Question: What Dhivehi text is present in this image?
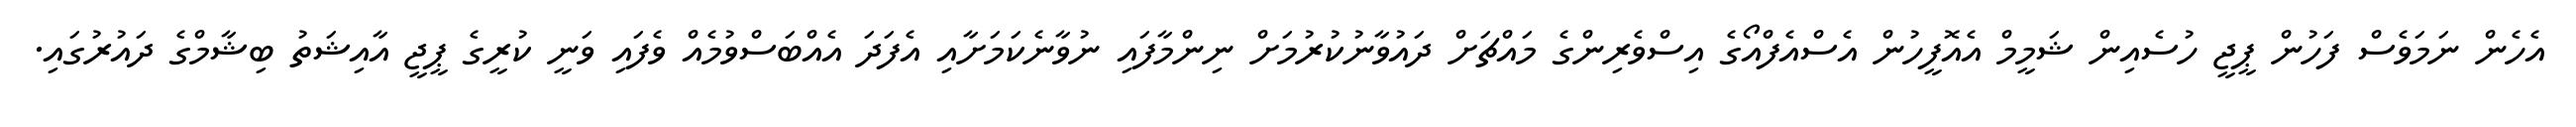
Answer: އެހެން ނަމަވެސް ފަހުން ޕީޖީ ހުސެއިން ޝަމީމް އެއޮފީހުން އެސްއެފްއޯގެ އިސްވެރިންގެ މައްޗަށް ދައުވާނުކުރުމަށް ނިންމާފައި ނުވާނެކަމަށާއި އެފަދަ އެއްބަސްވުމެއް ވެފައި ވަނީ ކުރީގެ ޕީޖީ އާއިޝަތު ބިޝާމްގެ ދައުރުގައި.